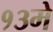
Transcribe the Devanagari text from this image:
१३मे